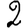
Digit: 2